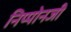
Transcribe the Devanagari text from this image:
निप्पोनजी